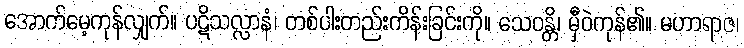
အောက်မေ့ကုန်လျှက်။ ပဋိသလ္လာနံ၊ တစ်ပါးတည်းကိန်းခြင်းကို။ သေဝန္တိ၊ မှီဝဲကုန်၏။ မဟာရာဇ၊